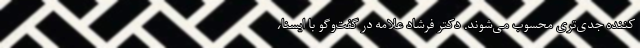
کننده جدی‌تری محسوب می‌شوند. دکتر فرشاد علامه در گفت‌وگو با ایسنا،